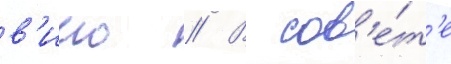
в'иио // В сов'е́т'е